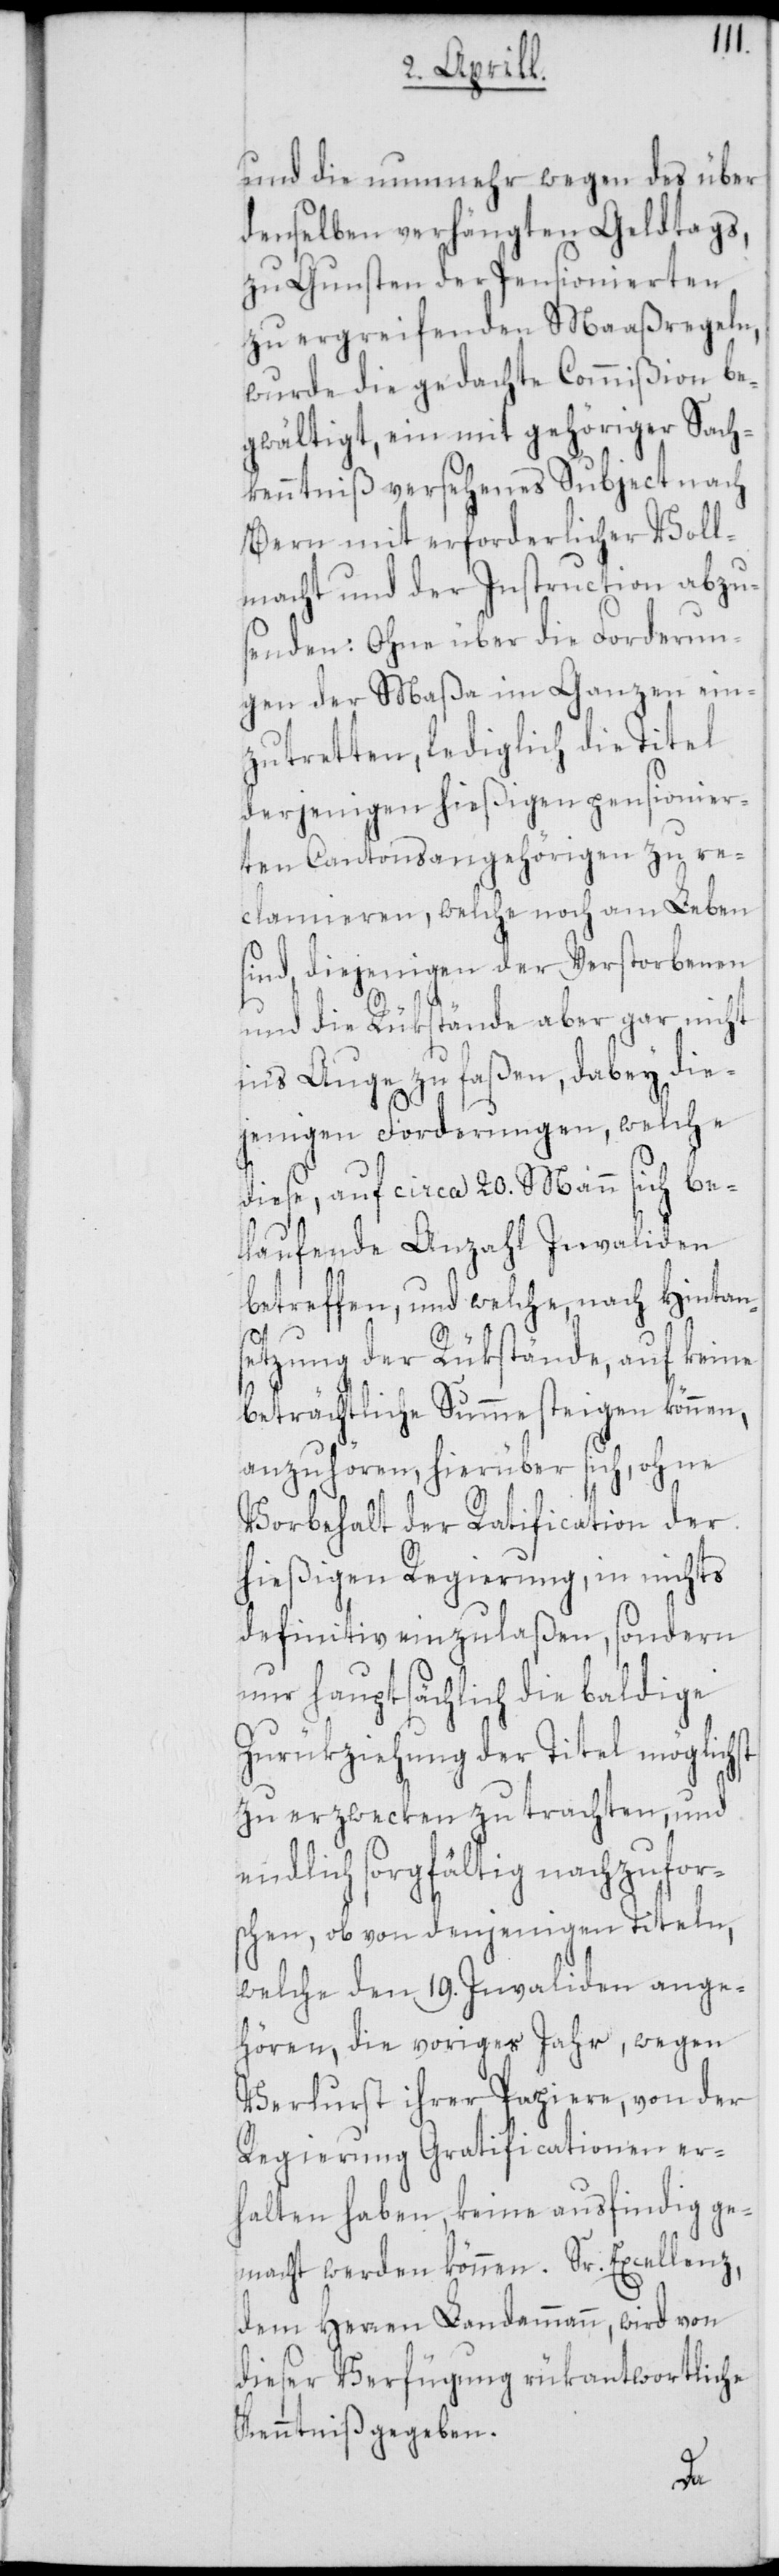
und die nunmehr wegen des über
denselben verhängten Geldtags,
zu Gunsten der Pensionierten
zu ergreifenden Maaßregeln,
wurde die gedachte Commißion be¬
gwältigt, ein mit gehöriger Sach¬
kenntniß versehenes Subject nach
Bern mit erforderlicher Voll¬
macht und der Instruction abzu¬
senden: Ohne über die Forderun¬
gen der Maßa im Ganzen ein¬
zutretten, lediglich die Titel
derjenigen hießigen pensionier¬
ten Cantonsangehörigen zu re¬
clamieren, welche noch am Leben
sind, diejenigen der Verstorbenen
und die Rükstände aber gar nicht
ins Auge zu faßen, dabey die¬
jenigen Forderungen, welche
diese auf circa 20. Mann sich be¬
laufende Anzahl Invaliden
betreffen, und welche, nach Hintans¬
etzung der Rükstände, auf keine
beträchtliche Summe steigen können,
anzuhören, hierüber sich, ohne
Vorbehalt der Ratification der
hießigen Regierung, in nichts
definitiv einzulaßen, sondern
nur hauptsächlich die baldige
Zurükziehung der Titel möglichst
zu erzwecken zu trachten, und
endlich sorgfältig nachzufor¬
schen, ob von denjenigen Titeln,
welche den 19. Invaliden ange¬
hören, die voriges Jahr, wegen
Verlurst ihrer Papiere, von der
Regierung Gratificationen er¬
halten haben, keine ausfindig ge¬
macht werden können. Sr. Excellenz,
dem Herren Landammann, wird von
dieser Verfügung rükantwortliche
Kenntniß gegeben.